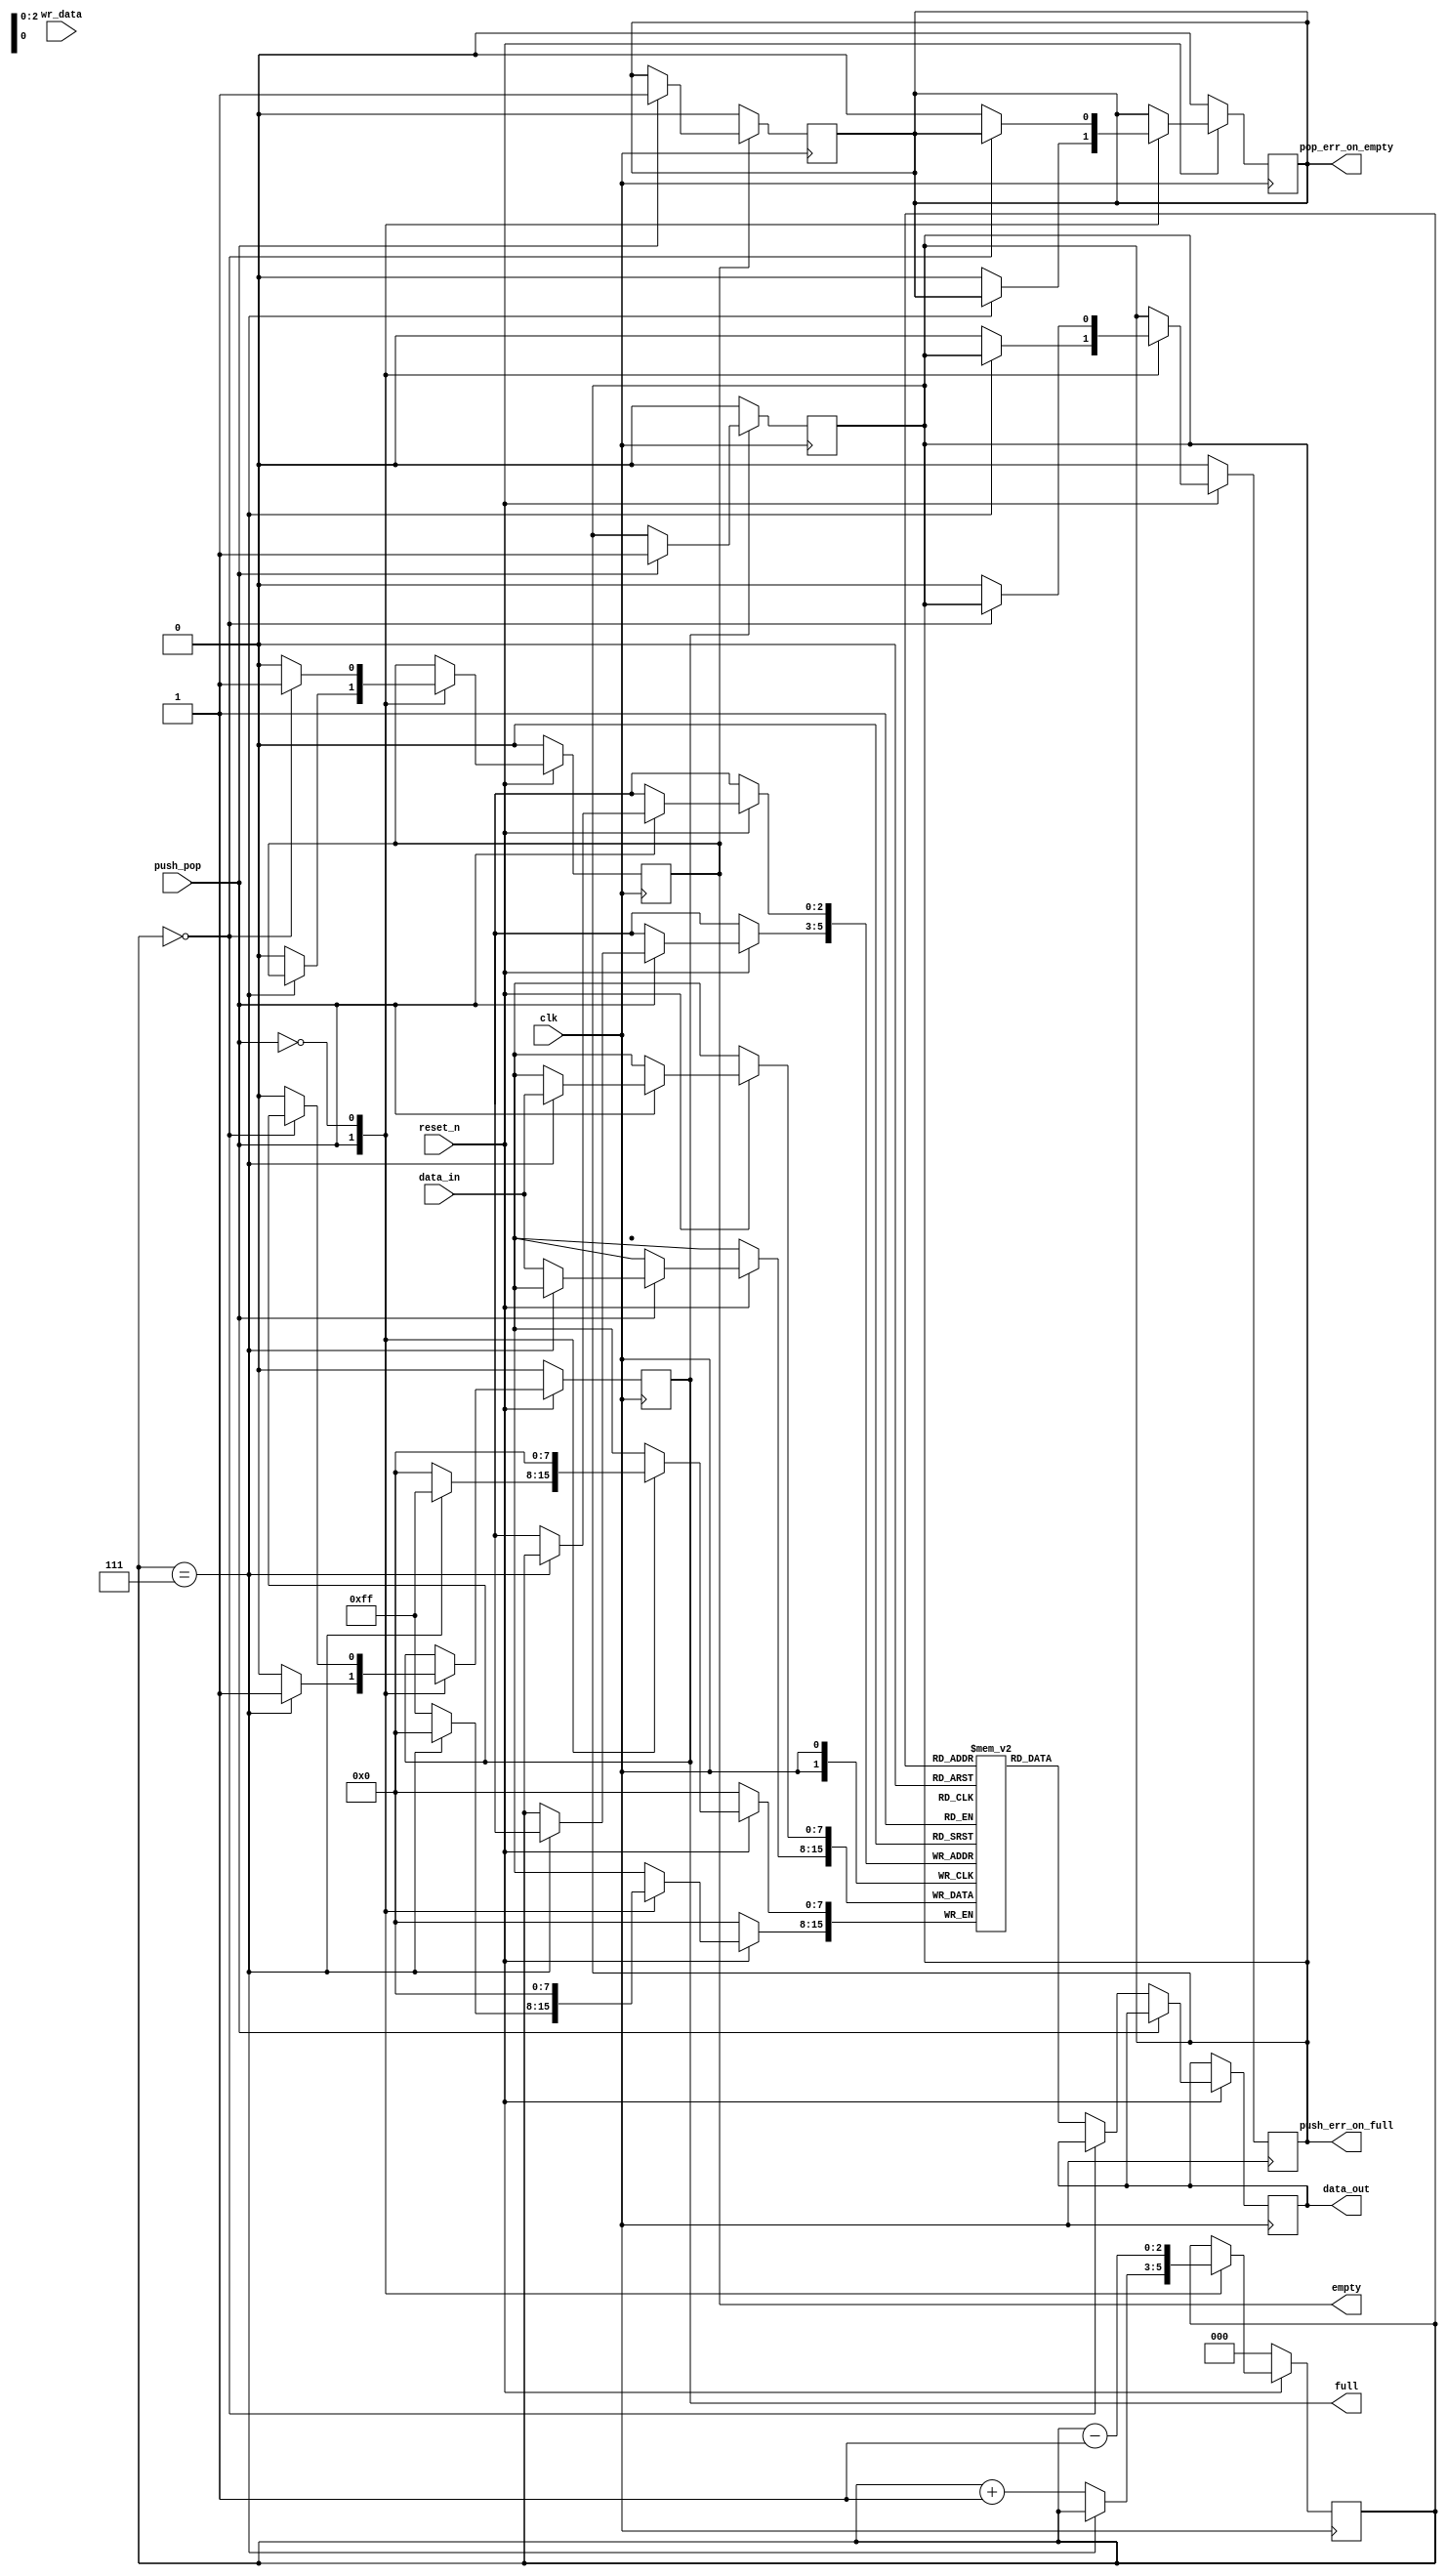
//***************************************************************************//
//***************************************************************************//
//***************************************************************************//
//**************                                          *******************//
//**************                                          *******************//
//**************      (c) SASIC Technologies Pvt Ltd      *******************//
//**************          (c) Verilogic Solutions         *******************//
//**************                                          *******************//
//**************                                          *******************//
//**************                                          *******************//
//**************           www.sasictek.com               *******************//
//**************          www.verilog-ic.com              *******************//
//**************                                          *******************//
//**************           Twitter:@sasictek              *******************//
//**************                                          *******************//
//**************                                          *******************//
//**************                                          *******************//
//***************************************************************************//
//***************************************************************************//


//              File Type: Verilog                                 

                             
//***************************************************************************//
//***************************************************************************//
                             

//              Author:
//              Reviewer:
//              Manager:
                             

//***************************************************************************//
//***************************************************************************//
//
//
module stack #(parameter W_WIDTH=8,
							 parameter D_WIDTH=8,
						 	 parameter P_WIDTH=3)
							(input reset_n,
							 input wr_data,
							 input clk,
							 input push_pop,
							 input [W_WIDTH-1:0]data_in,
							 output reg [W_WIDTH-1:0]data_out,
							 output reg empty,
							 output reg full,
							 output reg push_err_on_full,
							 output reg pop_err_on_empty
							);
							
	reg [P_WIDTH-1:0]ptr;
	reg [W_WIDTH-1:0]mem[D_WIDTH-1:0];
	always@(posedge clk)
		begin:alw_blk
			if(!reset_n)
				begin:reset0_blk
					ptr<=1'b0;
					full<=1'b0;
					empty<=1'b0;
					push_err_on_full<=1'b0;
					pop_err_on_empty<=1'b0;
				end	//reset_blk
			else
					begin:reset_else_blk
						case(push_pop)	//push_pop_case
							1'b1:
								begin:push_blk
									if(ptr == (D_WIDTH-1))
										begin:if_blk
											mem[ptr]<=data_in;
											full<=1'b1;
											//$display("if stack is full");
										end	//if_blk
									else
										begin:else_blk
											mem[ptr]<=data_in;
											ptr<=ptr+1'b1;
											full<=1'b0;
											empty<=1'b0;
											push_err_on_full<=1'b0;
											pop_err_on_empty<=1'b0;
										end	//else_blk
								end	//push_blk
							1'b0:
								begin:pop_blk
									if(ptr == 'd0)
										begin:if_blk
											ptr<=ptr-1'b1;
											empty<=1'b1;
										end	//if_blk
									else
										begin:else_blk
											data_out<=mem[ptr];
											ptr<=ptr-1'b1;
											empty<=1'b0;
											full<=1'b0;
											pop_err_on_empty<=1'b0;
											push_err_on_full<=1'b0;
										end	//else_blk
								end	//pop_blk
							default:
								begin:push_pop_default_blk
									ptr<=ptr;
								end	//push_pop_default_blk
						endcase	//push_pop_case
					end	//reset_else_blk	
				end	//alw_blk
	always@(posedge clk)
		begin:alww_blk
			case(full)
				1'b1:
					begin:full_1
						if(push_pop)	//if_push is giving
							begin:if_blk
								push_err_on_full<=1'b1;
							end	//if_blk
						end	//if_push is giving
				default:
					begin:full_0
						push_err_on_full<=1'b0;
					end	//full_0
				endcase	//full
			case(empty)
					1'b1:
						begin:empty_1
							if(push_pop)	//if_pop 1
								begin:if_blk
									pop_err_on_empty<=1'b1;
								end	//if_blk
							end	//if_blk
					default:
						begin:empty_0
							pop_err_on_empty<=1'b0;
						end	//emdpty_0
					endcase	//empty
				end	//alw_blk
	/*always@(posedge clk)
		begin:al_blk
			if(ptr==(D_WIDTH-1))
				begin:depth
					ptr<=ptr;
					ptr<=ptr-1'b1;
					data_out<=mem[ptr];
				end	//depth
			else if(ptr==1'b0)
				begin:ptr_0
					ptr<=ptr;
					data_out<=mem[ptr];
				end
			else
				begin:not_depth
					ptr<=ptr-1;
					data_out<=mem[ptr];
				end	//not_depth
		end*/
endmodule